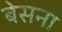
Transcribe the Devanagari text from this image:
बेसना